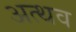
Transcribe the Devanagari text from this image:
अत्थव